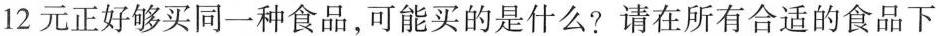
12元正好够买同一种食品，可能买的是什么?请在所有合适的食品下